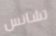
تشانس